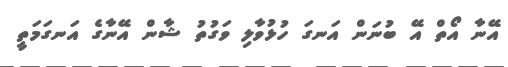
އޭނާ އޯތް އޭ ބުނަން އަނގަ ހުޅުވާލި ވަގުތު ޝާން އޭނާގެ އަނގަމަތީ